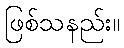
ဖြစ်သနည်း။